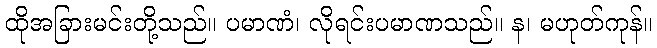
ထိုအခြားမင်းတို့သည်။ ပမာဏံ၊ လိုရင်းပမာဏသည်။ န၊ မဟုတ်ကုန်။